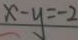
x - y = - 2